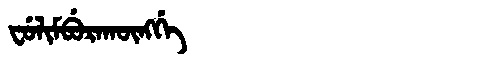
Manchu: ᠸᡠᠯᡳᠮᠪᡠᡵᠠᡴᡡᠩᡤᡝ
Romanization: FULIMBURAKŪNGGE